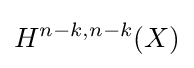
H^{n-k,n-k}(X)